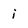
Character: i